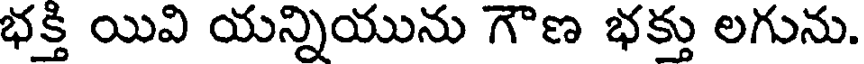
భక్తి యివి యన్నియును గౌణ భక్తు లగును.